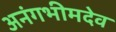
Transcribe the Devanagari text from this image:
अनंगभीमदेव